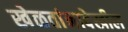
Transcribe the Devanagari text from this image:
खेळतांनादेखील